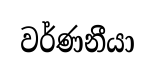
වර්ණනීයා